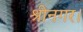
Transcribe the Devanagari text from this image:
श्रीनगर।